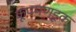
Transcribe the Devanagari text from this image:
कूपमण्डूक